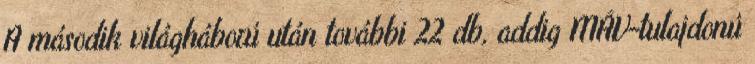
A második világháború után további 22 db, addig MÁV-tulajdonú